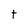
Character: t